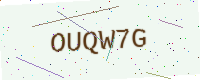
Text: OUQW7G